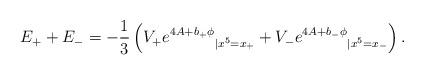
LaTeX: \begin{align*}E_+ + E_- =-\frac{1}{3} \left({V_+ e^{4A + b_+\phi}}_{|x^5 = x_+} + {V_-e^{4A+b_-\phi}}_{|x^5=x_-}\right) .\end{align*}